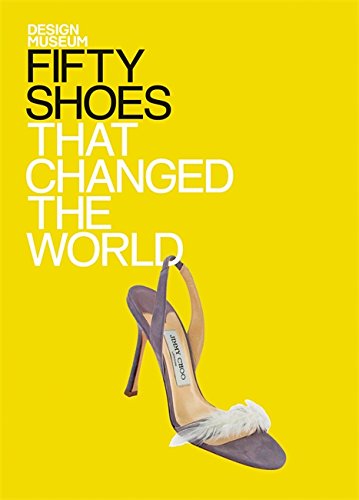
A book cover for Fifty Shoes That Changed the World (Design Museum Fifty); Design Museum; Crafts, Hobbies & Home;